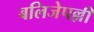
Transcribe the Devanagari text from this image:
बलिजेपल्ली